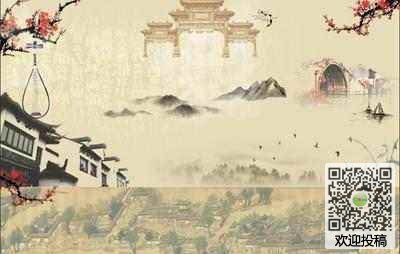
生当复来归，死当长相思。